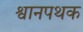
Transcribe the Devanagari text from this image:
श्वानपथक